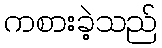
ကစားခဲ့သည်